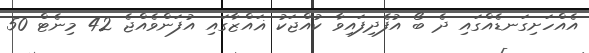
އެއްހަށިގަނޑެއްގައި ދެ ބޯ އުފެދިފައިވާ ކުއްޖަކު ޣައްޒާގައި އުފަންވެއްޖެ 42 މިނެޓް 50